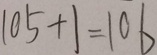
1 0 5 + 1 = 1 0 6